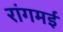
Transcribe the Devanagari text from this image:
रांगमई